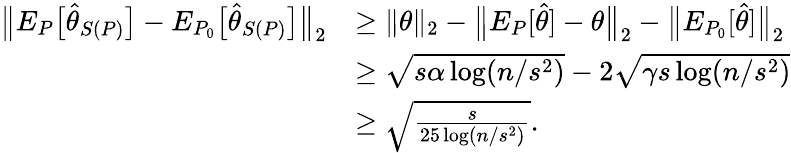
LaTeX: \begin{array}{rl}{\big\| E_{P}\big[\widehat\theta_{S(P)}\big]-E_{P_{0}}\big[\widehat\theta_{S(P)}\big]\big\| _{2}}&{\geq\| \theta\| _{2}-\big\| E_{P}[\widehat\theta]-\theta\big\| _{2}-\big\| E_{P_{0}}[\widehat\theta]\big\| _{2}}\\ &{\geq\sqrt{s\alpha\log(n/s^{2})}-2\sqrt{\gamma s\log(n/s^{2})}}\\ &{\geq\sqrt{\frac{s}{25\log(n/s^{2})}}.}\end{array}